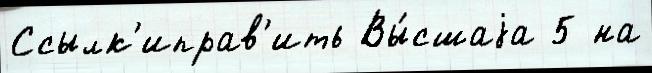
Ссылк'иправ'ить Вы́сшаjа 5 на